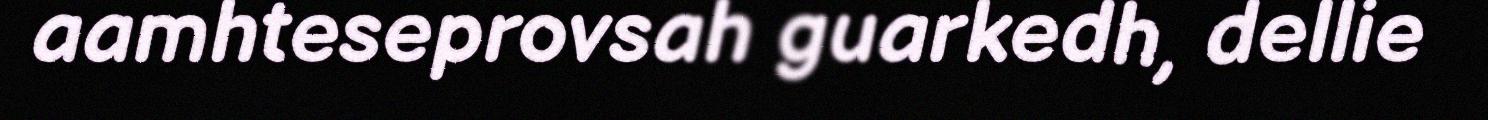
aamhteseprovsah guarkedh, dellie